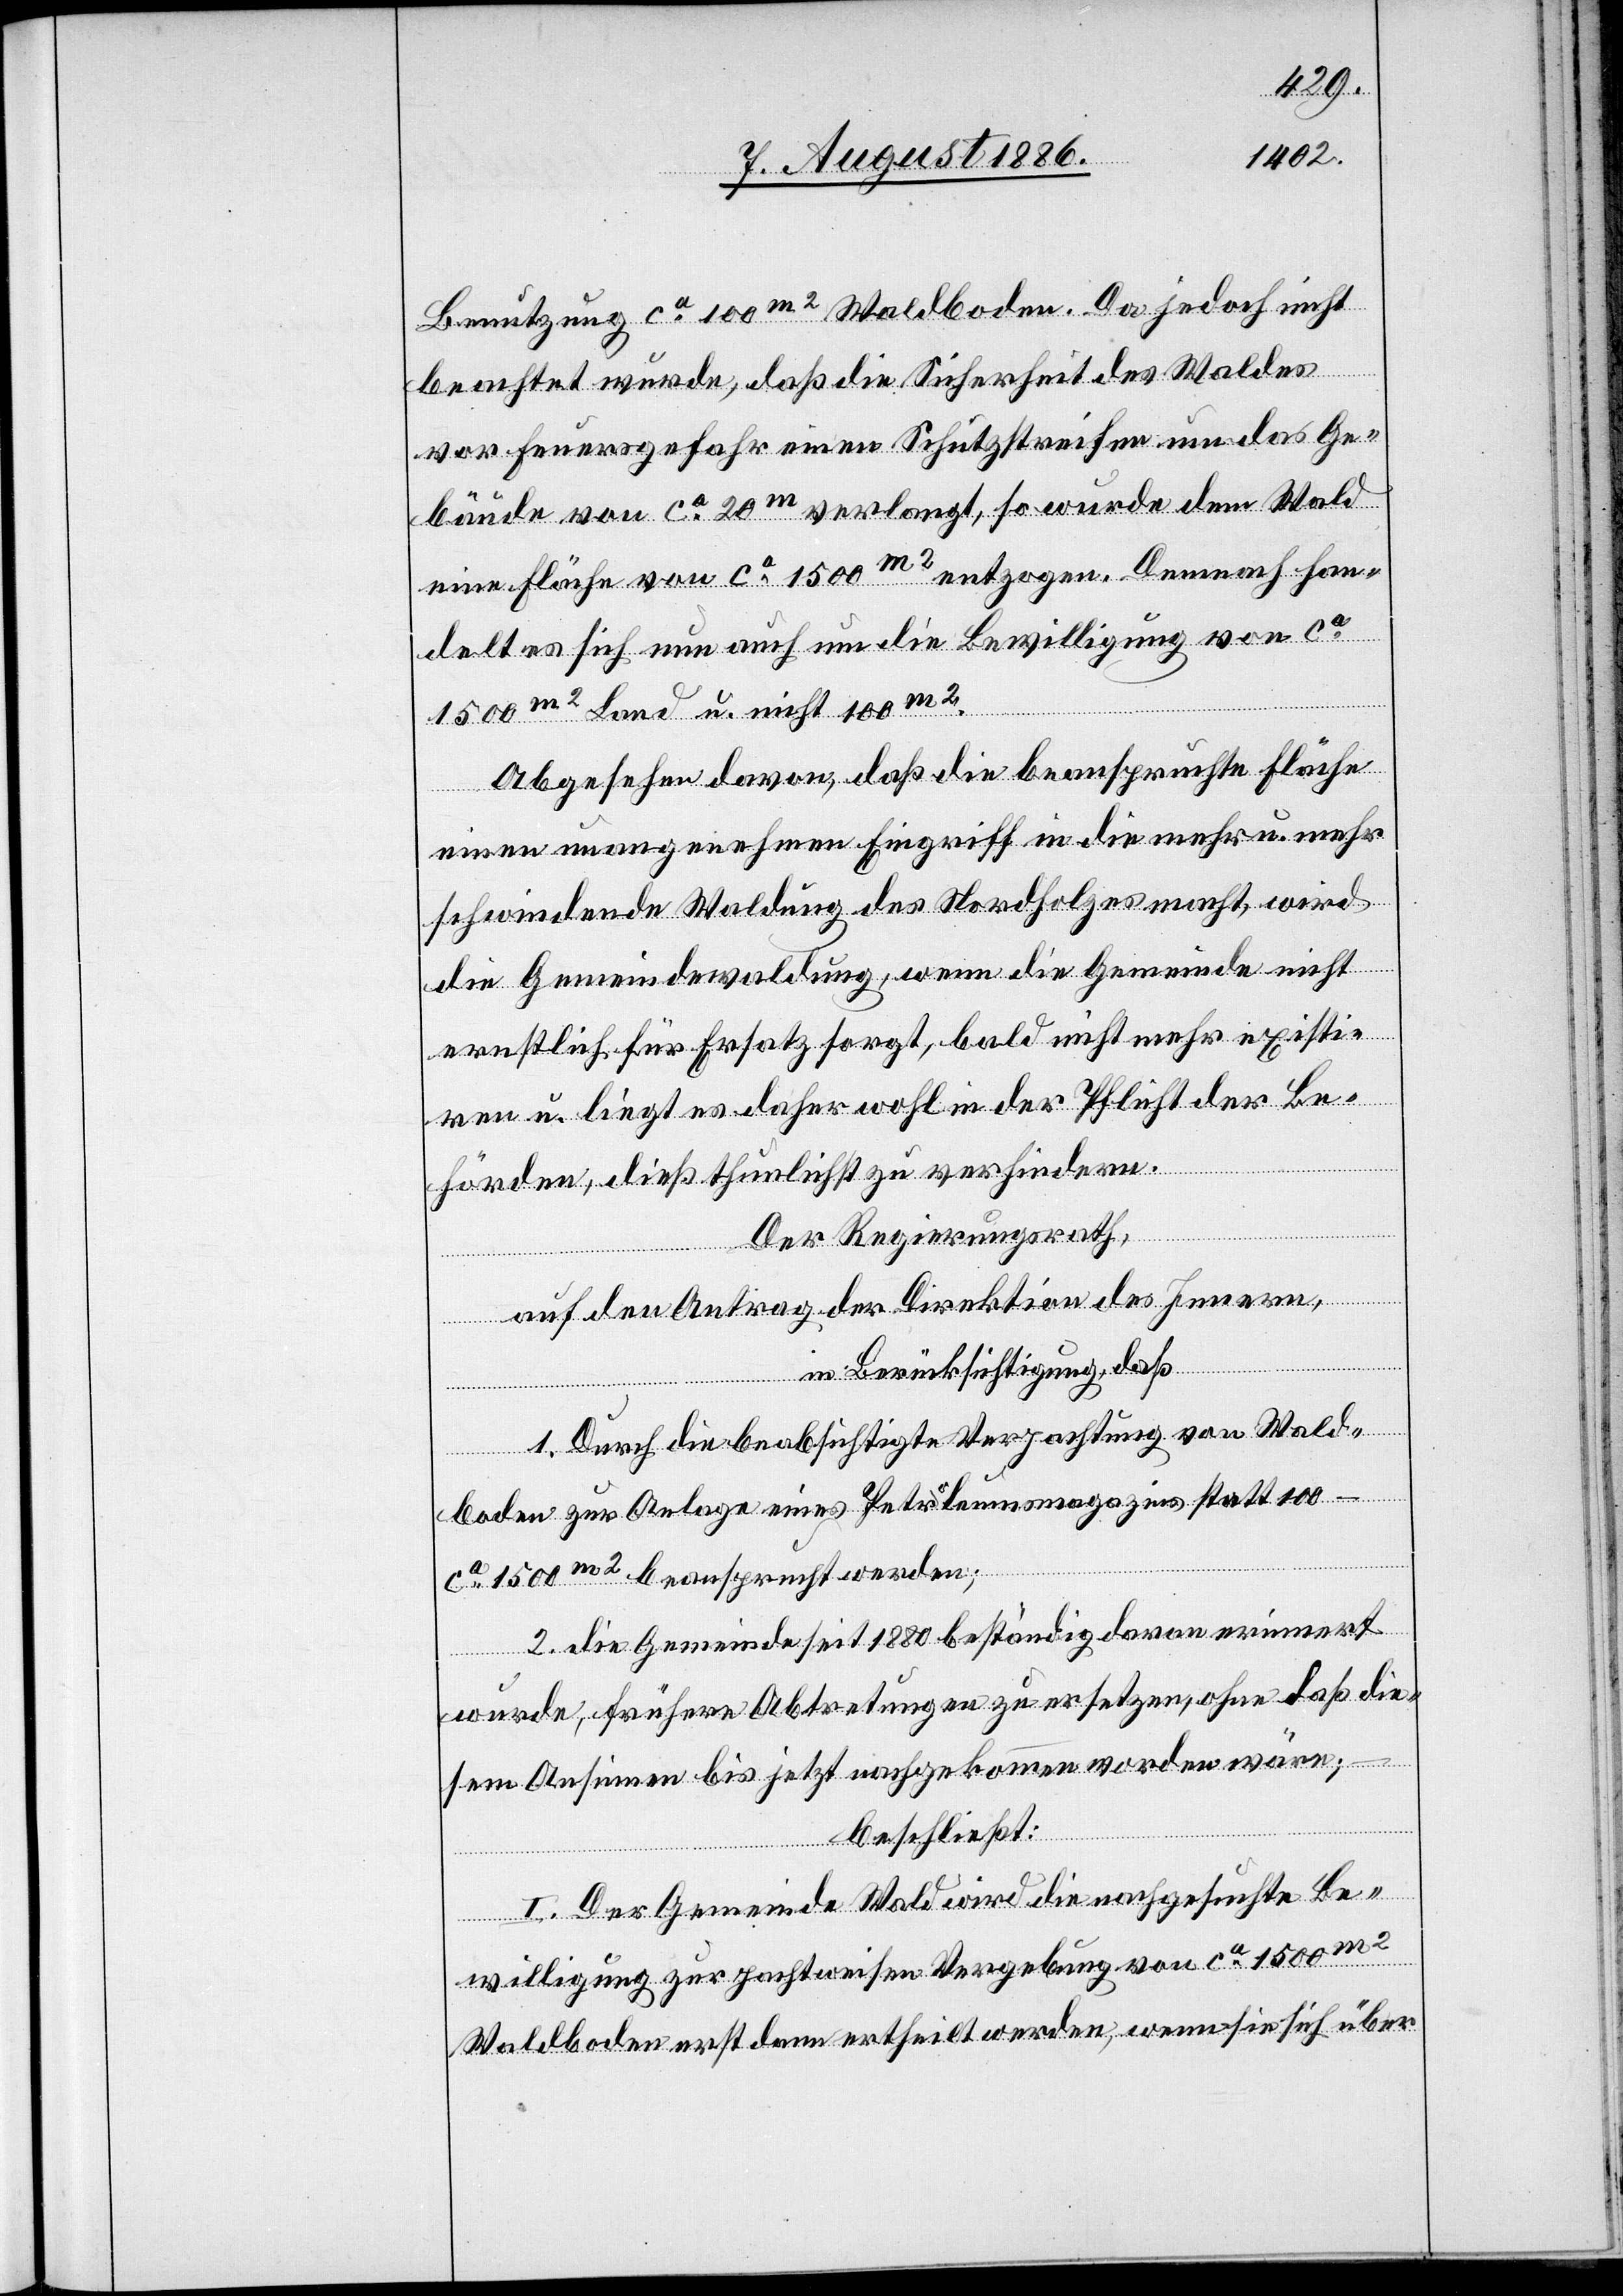
Benutzung ca 100m2 Waldboden. Da jedoch nicht
beachtet wurde, daß die Sicherheit des Waldes
von Feuersgefahr einen Schutzstreifen um das Ge¬
bäude von ca 20m verlangt, so wurde dem Wald
eine Fläche von ca 1500m2 entzogen. Demnach han¬
delt es sich nun auch um die Bewilligung von ca
1500m2 Land und nicht 100m2.
Abgesehen davon, daß die beanspruchte Fläche
einen unangenehmen Eingriff in die mehr u. mehr
schwindende Waldung des Nordholzes macht, wird
die Gemeindewaldung, wenn die Gemeinde nicht
ernstlich für Ersatz sorgt, bald nicht mehr existi¬
ren u. liegt es daher wohl in der Pflicht der Be¬
hörden, dieß thunlichst zu verhindern.
Der Regierungsrath,
auf den Antrag der Direktion des Innern,
in Berücksichtigung, daß
1. Durch die beabsichtigte Verpachtung von Wald¬
boden zur Anlage eines Petroleumsmagazins statt 100
ca 1500m2 beansprucht werden;
2. die Gemeinde seit 1880 beständig daran erinnert
wurde, frühere Abtretungen zu ersetzen, ohne daß die¬
sem Ansinnen bis hetzt nachgekommen worden wäre;
beschließt:
I. Der Gemeinde Wald wird die nachgesuchte Be¬
willigung zur pachtweisen Vergebung von ca 1500m2
Waldboden erst dann ertheilt werden, wenn sie sich über